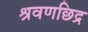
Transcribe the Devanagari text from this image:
श्रवणछिद्र